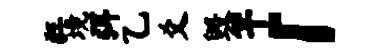
狂境弭乙爻毁竿「